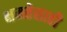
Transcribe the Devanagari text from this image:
क्षमतेसाठी